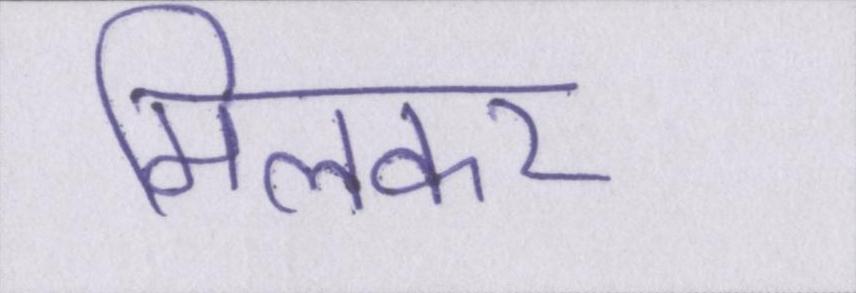
मिलकर